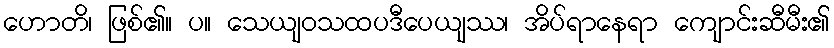
ဟောတိ၊ ဖြစ်၏။ ပ။ သေယျဝသထပဒီပေယျဿ၊ အိပ်ရာနေရာ ကျောင်းဆီမီး၏